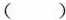
( )